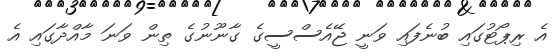
އެ ރިޕޯޓުގައި ބުނެފައި ވަނީ ޖޭއެސްސީގެ ގާނޫނުގެ ތިން ވަނަ މާއްދާގައި އެ